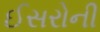
ઈસરોની